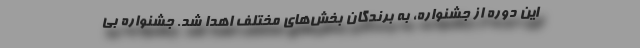
این دوره از جشنواره، به برندگان بخش‌های مختلف اهدا شد. جشنواره بی